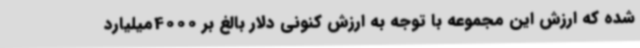
شده که ارزش این مجموعه با توجه به ارزش کنونی دلار بالغ بر 4000میلیارد